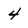
Character: 4